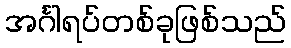
အင်္ဂါရပ်တစ်ခုဖြစ်သည်